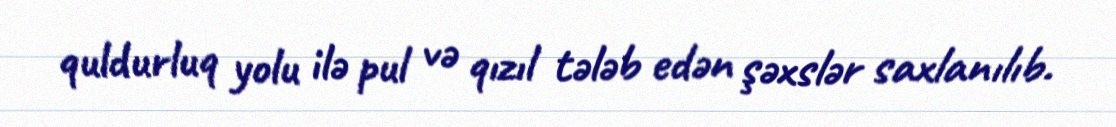
quldurluq yolu ilə pul və qızıl tələb edən şəxslər saxlanılıb.